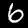
Digit: 6